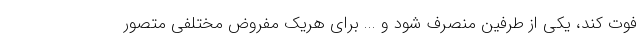
فوت کند، یکی از طرفین منصرف شود و ... برای هریک مفروض مختلفی متصور